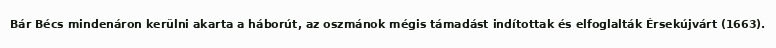
Bár Bécs mindenáron kerülni akarta a háborút, az oszmánok mégis támadást indítottak és elfoglalták Érsekújvárt (1663).